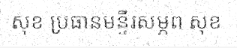
សុខ ប្រធានមន្ទីរសម្ភព សុខ